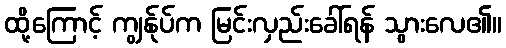
ထို့ကြောင့် ကျွန်ုပ်က မြင်းလှည်းခေါ်ရန် သွားလေ၏။